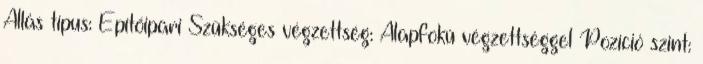
Állás típus: Építőipari Szükséges végzettség: Alapfokú végzettséggel Pozíció szint: